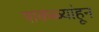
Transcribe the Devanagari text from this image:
पाकळ्यांहून